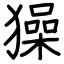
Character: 𤢖